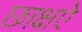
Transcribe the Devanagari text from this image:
छाक्षऐ